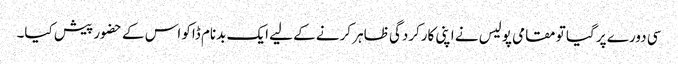
سی دورے پر گیا تو مقامی پولیس نے اپنی کارکردگی ظاہر کرنے کے لیے ایک بدنام ڈاکو اس کے حضور پیش کیا۔